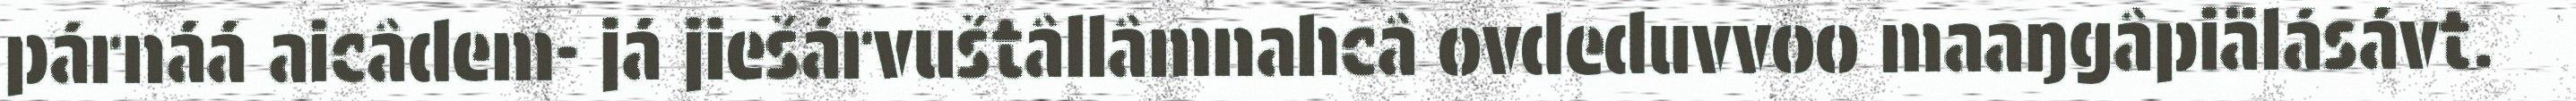
párnáá aicâdem- já jiešárvuštâllâmnahcâ ovdeduvvoo maaŋgâpiälásávt.